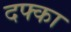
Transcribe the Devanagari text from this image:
दफ्का